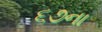
૬૭ના